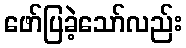
ဖော်ပြခဲ့သော်လည်း